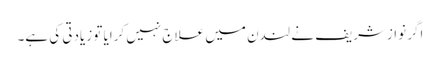
اگر نوازشریف نے لندن میں علاج نہیں کرایا تو زیادتی کی ہے۔